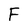
Character: F